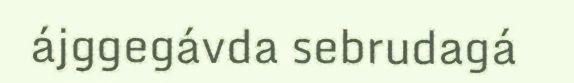
ájggegávda sebrudagá